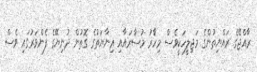
ރާއްޖޭގެ ރައްޔިތުންގެ މަޖިލީހަކީވެސް މިހާެރު މުސާރައާއި ޢިނާޔަތުގެ ގޮތުން ދުނިޔޭގެ ފެންވަރުގައި ވެސް